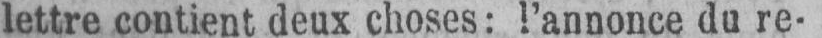
lettre contient deux choses: l’annonce du re-